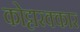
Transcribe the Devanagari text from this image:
कोट्टारक्कार